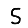
Digit: 5